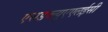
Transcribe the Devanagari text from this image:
एसडब्ल्यूएएलईसी